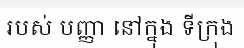
របស់ បញ្ញា នៅក្នុង ទីក្រុង